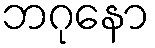
ဘဂုနော